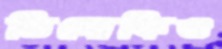
ভিসোকিও